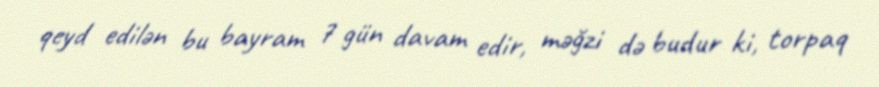
qeyd edilən bu bayram 7 gün davam edir, məğzi də budur ki, torpaq